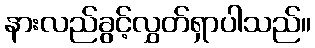
နားလည်ခွင့်လွှတ်ရှာပါသည်။